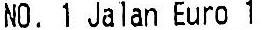
NO. 1 JALAN EURO 1